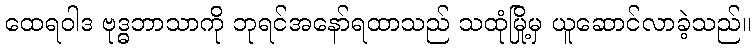
ထေရဝါဒ ဗုဒ္ဓဘာသာကို ဘုရင်အနော်ရထာသည် သထုံမြို့မှ ယူဆောင်လာခဲ့သည်။